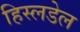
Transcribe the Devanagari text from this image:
हिस्लडेल